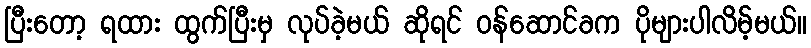
ပြီးတော့ ရထား ထွက်ပြီးမှ လုပ်ခဲ့မယ် ဆိုရင် ဝန်ဆောင်ခက ပိုများပါလိမ့်မယ်။